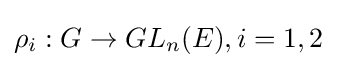
\rho _{i}:G\to GL_{n}(E),i=1,2